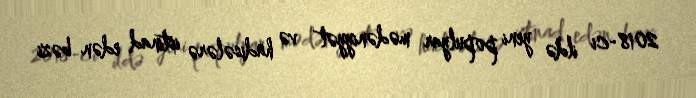
2018-ci ildə yeni populyar mədəniyyət və hadisələrə istinad edən bəzi